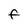
Character: F